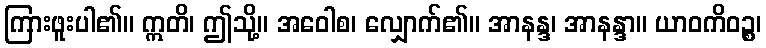
ကြားဖူးပါ၏။ ဣတိ၊ ဤသို့။ အဝေါစ၊ လျှောက်၏။ အာနန္ဒ၊ အာနန္ဒာ။ ယာဝကိဝဉ္စ၊